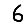
Digit: 6